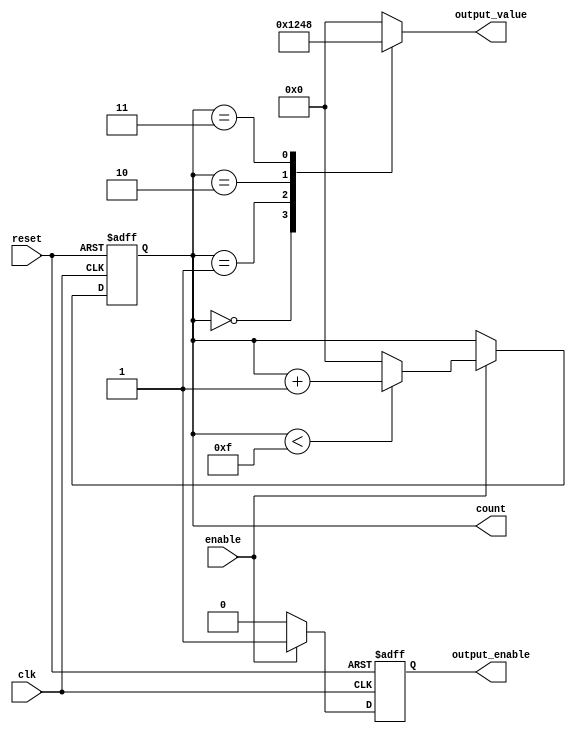
module synchronous_counter (
    input wire clk,          // Clock input
    input wire reset,        // Asynchronous reset input
    input wire enable,       // Enable input for counting
    output reg [3:0] count,  // 4-bit counter state register
    output reg output_enable, // Output enable signal
    output reg [3:0] output_value // Output value based on count
);

// Counter maximum value
parameter MAX_COUNT = 4'b1111; // 15 for a 4-bit counter

// Asynchronous reset and synchronous counting
always @(posedge clk or posedge reset) begin
    if (reset) begin
        count <= 4'b0000; // Reset counter to 0
        output_enable <= 1'b0; // Disable output on reset
    end else if (enable) begin
        if (count < MAX_COUNT) begin
            count <= count + 1; // Increment counter
        end else begin
            count <= 4'b0000; // Wrap around to 0
        end
        output_enable <= 1'b1; // Enable output when counting
    end else begin
        output_enable <= 1'b0; // Disable output when not enabled
    end
end

// Output control logic
always @(*) begin
    case (count)
        4'b0000: output_value = 4'b0001; // Example output for count 0
        4'b0001: output_value = 4'b0010; // Example output for count 1
        4'b0010: output_value = 4'b0100; // Example output for count 2
        4'b0011: output_value = 4'b1000; // Example output for count 3
        // Add more cases as needed for other counts
        default: output_value = 4'b0000; // Default output
    endcase
end

endmodule